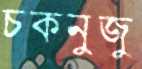
চকনুজু